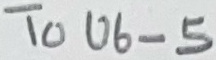
Text: To U6-5